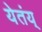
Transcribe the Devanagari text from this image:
येतंय्